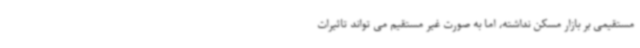
مستقیمی بر بازار مسکن نداشته، اما به صورت غیر مستقیم می تواند تاثیرات